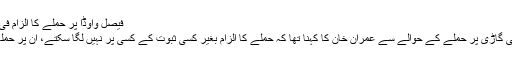
فیصل واوڈا پر حملے کا الزام فی الحال کسی پر نہیں لگا سکتے
پی ٹی آئی رہنما فیصل واوڈا کی گاڑی پر حملے کے حوالے سے عمران خان کا کہنا تھا کہ حملے کا الزام بغیر کسی ثبوت کے کسی پر نہیں لگا سکتے، ان پر حملہ ہم کو ڈرانے کی کوشش ہے۔